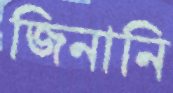
জিনানি